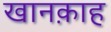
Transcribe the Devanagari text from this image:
खानक़ाह